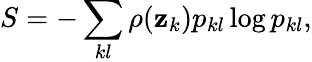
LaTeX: S=-\sum_{kl}\rho(\mathbf{z}_{k})p_{kl}\log p_{kl},